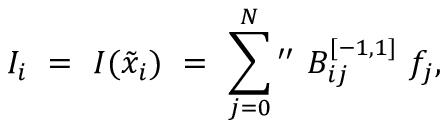
I _ { i } \ = \ I ( \tilde { x } _ { i } ) \ = \ \sum _ { j = 0 } ^ { N } \mathrm { { } ^ { \prime \prime } } \ B _ { i j } ^ { [ - 1 , 1 ] } \ f _ { j } ,